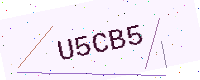
Text: U5CB5